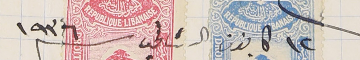
فى ١٢ كانون الثاني سنة ١٩٣٦